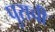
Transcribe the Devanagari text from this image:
पुराची